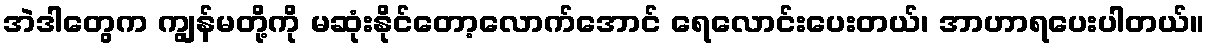
အဲဒါတွေက ကျွန်မတို့ကို မဆုံးနိုင်တော့လောက်အောင် ရေလောင်းပေးတယ်၊ အာဟာရပေးပါတယ်။